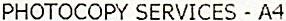
PHOTOCOPY SERVICES - A4